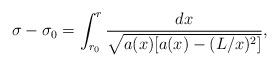
LaTeX: \begin{align*}\sigma-\sigma_0=\int_{r_0}^{r}\frac{dx}{\sqrt{a(x)[a(x)-(L/x)^2]}},\end{align*}